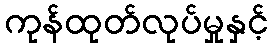
ကုန်ထုတ်လုပ်မှုနှင့်